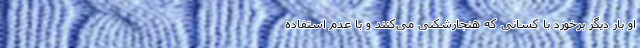
او بار دیگر برخورد با کسانی که هنجارشکنی می‌کنند و با عدم استفاده